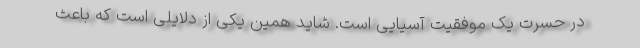
در حسرت یک موفقیت آسیایی است. شاید همین یکی از دلایلی است که باعث